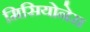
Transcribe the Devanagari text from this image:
मिसियोनेस